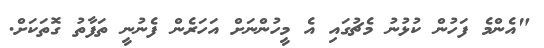
"އެންމެ ފަހުން ކުޅުނު މެޗުގައި އެ މީހުންނަށް އަހަރެން ފެނުނީ ތަފާތު ގޮތަކަށް.